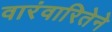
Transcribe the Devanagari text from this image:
वारंवारितेने